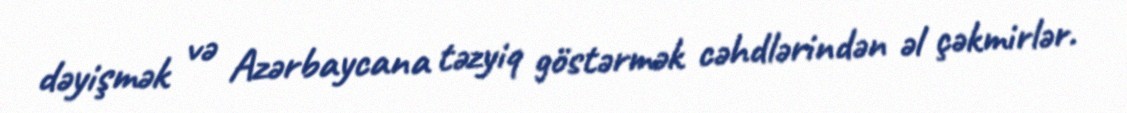
dəyişmək və Azərbaycana təzyiq göstərmək cəhdlərindən əl çəkmirlər.